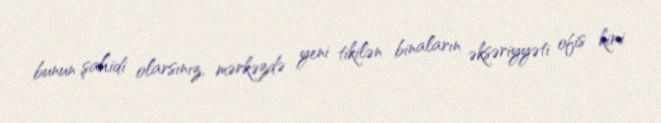
bunun şahidi olarsınız, mərkəzdə yeni tikilən binaların əksəriyyəti ofis kimi